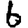
Digit: 6